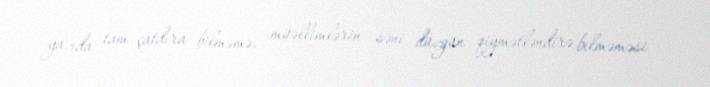
yazıda tam çatdıra bilməmə, müəllimlərin səni düzgün qiymətləndirə bilməməsi